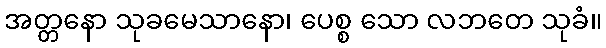
အတ္တနော သုခမေသာနော၊ ပေစ္စ သော လဘတေ သုခံ။